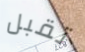
تقبل